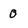
Character: 0